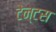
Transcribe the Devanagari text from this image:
टेन्टस